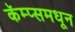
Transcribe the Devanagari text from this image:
कॅम्प्समधून